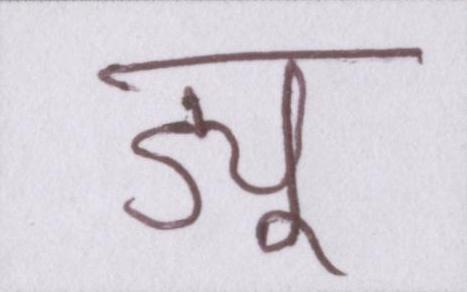
ड्यू